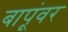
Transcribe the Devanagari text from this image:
बापूंवर